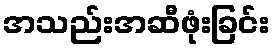
အသည်းအဆီဖုံးခြင်း